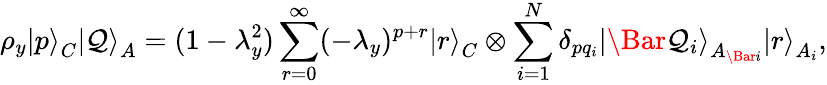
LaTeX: \rho_{y}\left|p\right>_{C}\left|\mathcal{Q}\right>_{A}=(1-\lambda_{y}^{2})\sum_{r=0}^{\infty}(-\lambda_{y})^{p+r}\left|r\right>_{C}\otimes\sum_{i=1}^{N}\delta_{pq_{i}}\left|\Bar{\mathcal{Q}}_{i}\right>_{A_{\Bar{i}}}\left|r\right>_{A_{i}},